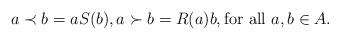
LaTeX: \begin{align*}a \prec b = aS(b), a\succ b = R(a)b, \mbox{for all $a,b\in A$.}\end{align*}